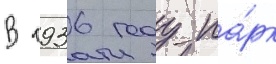
В 1936 году па́рк